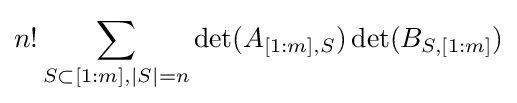
n!\sum _{S\subset [1:m],|S|=n}\det(A_{[1:m],S})\det(B_{S,[1:m]})